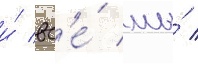
и́ вс'е́ мы́ /